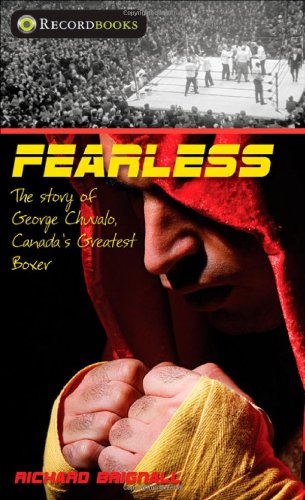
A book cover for Fearless: The story of George Chuvalo, Canada's greatest boxer (Lorimer Recordbooks); Richard Brignall; Teen & Young Adult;